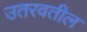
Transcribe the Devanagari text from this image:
उतरवतील